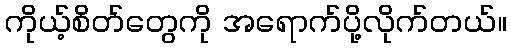
ကိုယ့်စိတ်တွေကို အရောက်ပို့လိုက်တယ်။